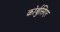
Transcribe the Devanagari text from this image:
कोर्बुसिएर